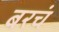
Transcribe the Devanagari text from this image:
बरचं